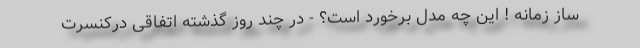
ساز زمانه ! این چه مدل برخورد است؟ - در چند روز گذشته اتفاقی درکنسرت